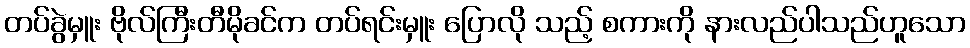
တပ်ခွဲမှူး ဗိုလ်ကြီးတီမိုခင်က တပ်ရင်းမှူး ပြောလို သည့် စကားကို နားလည်ပါသည်ဟူသော